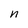
Character: n